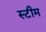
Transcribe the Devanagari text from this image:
स्‍टीम